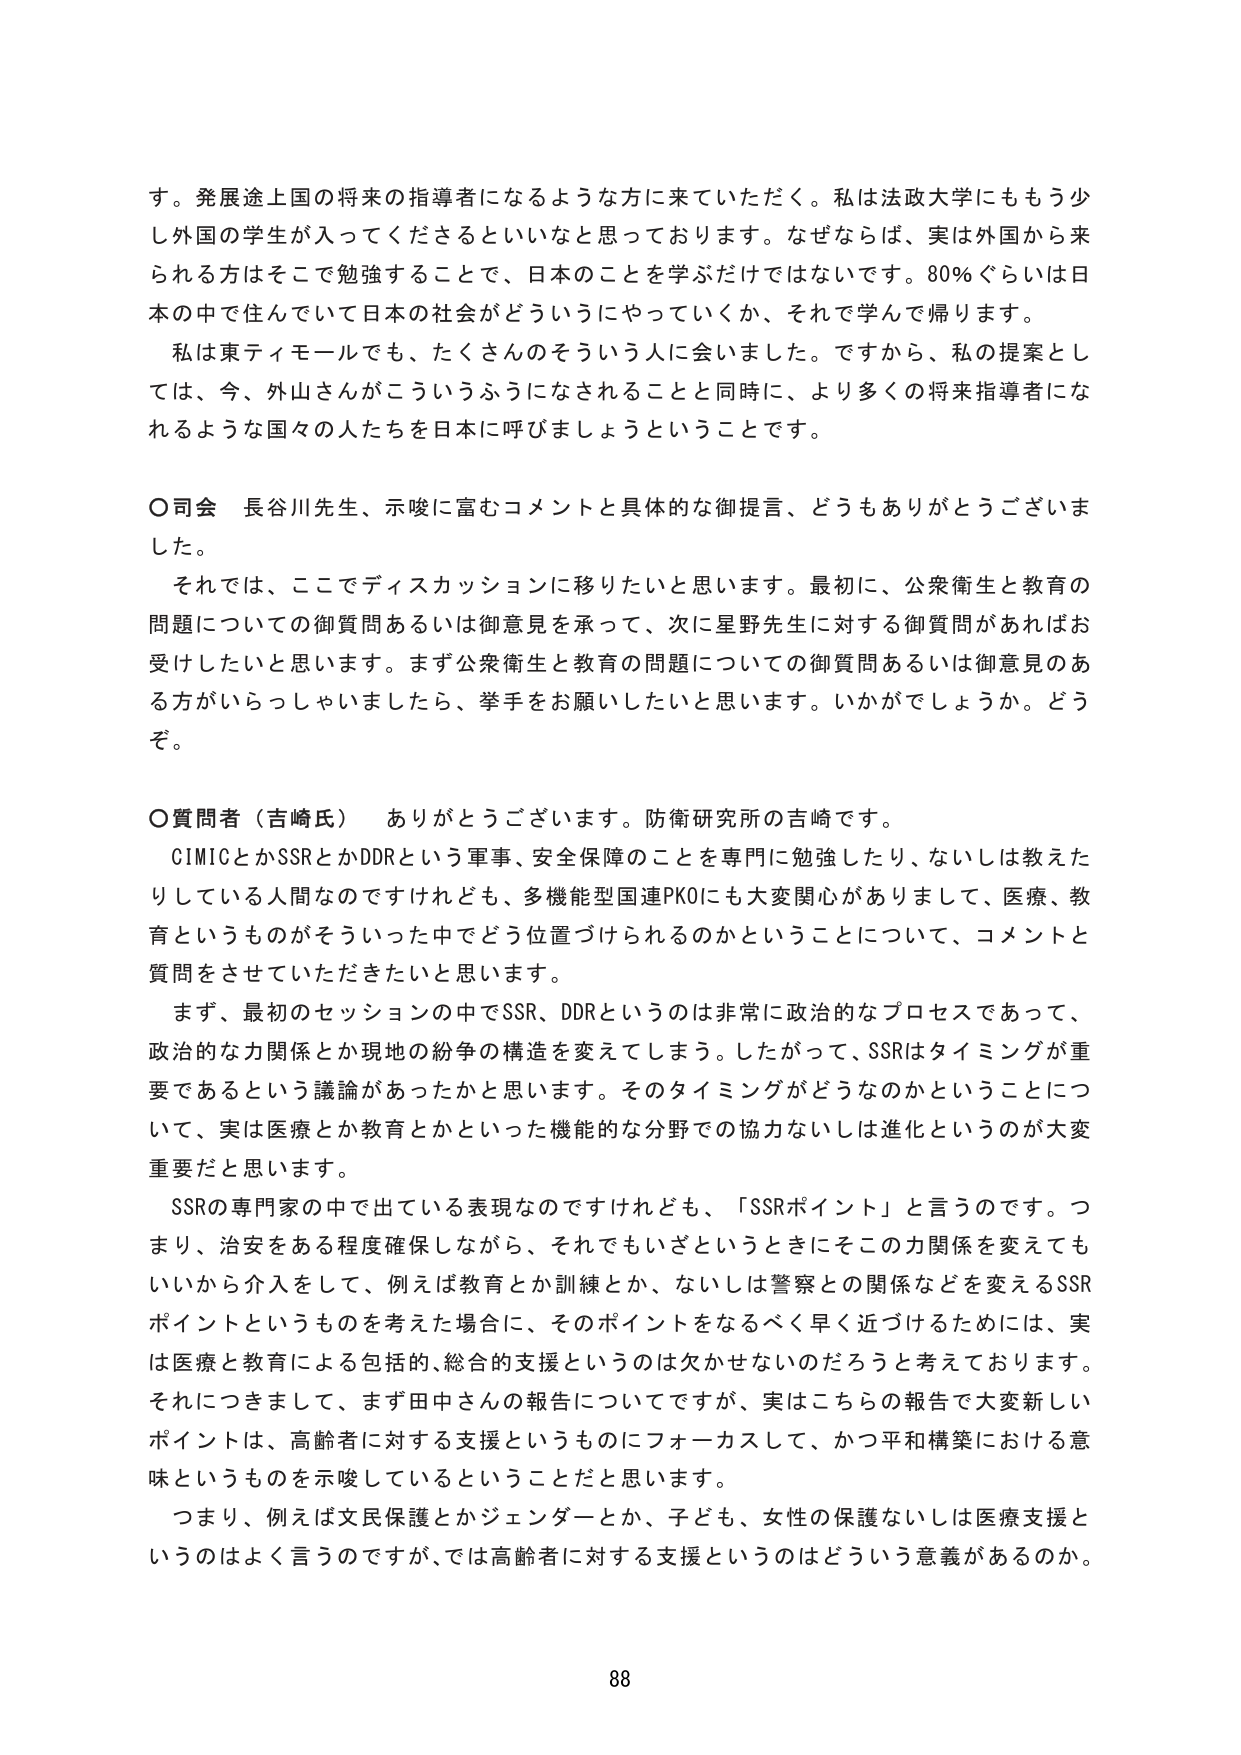
す。発展途上国の将来の指導者になるような方に来ていただく。私は法政大学にももう少し外国の学生が入ってくださるといいなと思っております。なぜならば、実は外国から来られる方はそこで勉強することで、日本のこと学ぶだけではないです。80％ぐらいは日本の中で住んでいて日本の社会がどうようにやっていくか、それで学んで帰ります。

私は東ティモールでも、たくさんのそういう人に会いました。ですから、私の提案としては、今、外山さんがこういうふうになされることと同時に、より多くの将来指導者になるような国々の人たちを日本に呼びましょうということです。

〇司会　長谷川先生、示唆に富むコメントと具体的な御提言、どうもありがとうございました。

それでは、ここでディスカッションに移りたいと思います。最初に、公衆衛生と教育の問題についての御質問あるいは御意見を承って、次に星野先生に対する御質問があればお受けしたいと思います。まず公衆衛生と教育の問題についての御質問あるいは御意見のある方がいらっしゃいましたら、挙手をお願いしたいと思います。いかがでしょうか。どうぞ。

〇質問者（吉崎氏）　ありがとうございます。防衛研究所の吉崎です。

CIMICとかSSRとかDDRという軍事、安全保障のことを専門に勉強したり、ないしは教えたりしている人間なのですが、多機能型国連PKOにも大変関心がありまして、医療、教育というものがそういった中でどう位置づけられるのかということについて、コメントと質問をさせていただきたいと思います。

まず、最初のセッションの中でSSR、DDRというのは非常に政治的なプロセスであって、政治的な力関係とか現地の紛争の構造を変えてしまう。したがって、SSRはタイミングが重要であるという議論があったかと思います。そのタイミングがどうなのかということについて、実は医療とか教育とかといった機能的な分野での協力ないしは進化というのが大変重要だと思います。

SSRの専門家の中で出ている表現なのですが、「SSRポイント」と言うのです。つまり、治安をある程度確保しながら、それでもいざというときにそこの力関係を変えてもいいから介入をして、例えば教育とか訓練とか、ないしは警察との関係などを変えるSSRポイントというものを考えた場合に、そのポイントをなるべく早く近づけるためには、実は医療と教育による包括的、総合的支援というのは欠かせないのだろうと考えております。それにつきまして、まず田中さんの報告についてですが、実はこちらの報告で大変新しいポイントは、高齢者に対する支援というものにフォーカスして、かつ平和構築における意味というものを示唆しているということだと思います。

つまり、例えば文民保護とかジェンダーとか、子ども、女性の保護ないしは医療支援というのはよく言うのですが、では高齢者に対する支援というのはどういう意義があるのか。

88